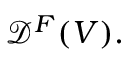
{ \mathcal { D } } ^ { F } ( V ) .